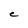
Character: C